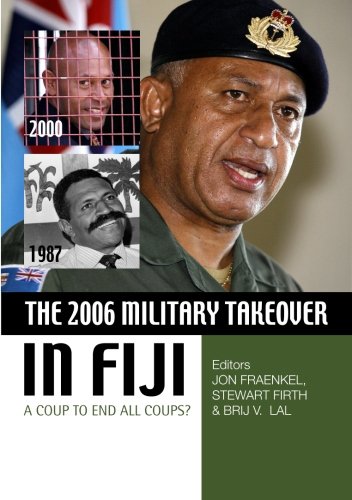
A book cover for The 2006 Military Takeover in Fiji: A Coup to End All Coups?; Jon Fraenkel; History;